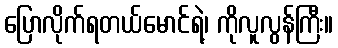
ပြောလိုက်ရတယ်မောင်ရဲ့၊ ကိုလူလွန်ကြီး။